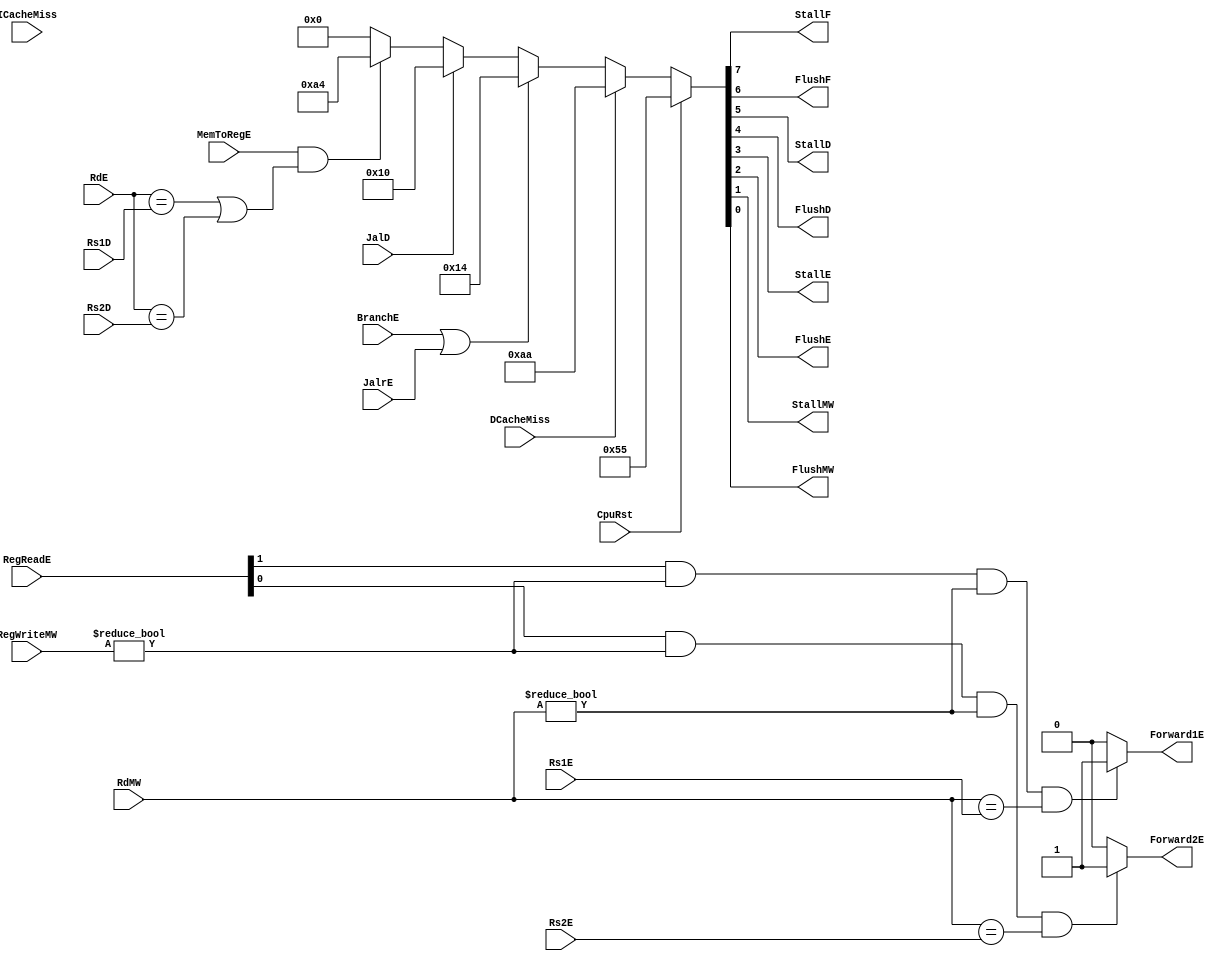
`timescale 1ns / 1ps
//////////////////////////////////////////////////////////////////////////////////
// Design Name: RISCV-Pipline CPU
// Module Name: HarzardUnit
// Target Devices: Nexys4
// Tool Versions: Vivado 2017.4.1
// Description: Deal with harzards in pipline
//////////////////////////////////////////////////////////////////////////////////
module HarzardUnit(
    input wire CpuRst, ICacheMiss, DCacheMiss, 
    input wire BranchE, JalrE, JalD, 
    input wire [4:0] Rs1D, Rs2D, Rs1E, Rs2E, RdE, RdMW,
    input wire [1:0] RegReadE,
    input wire MemToRegE,
    input wire [2:0] RegWriteMW,
    output reg StallF, FlushF, StallD, FlushD, StallE, FlushE,  StallMW, FlushMW,
    output reg Forward1E, Forward2E
    );
    //Stall and Flush signals generate
    always@(*)
	begin
		if(CpuRst)
			{StallF, FlushF, StallD, FlushD, StallE, FlushE, StallMW, FlushMW} <= 8'b01010101;
        else if(DCacheMiss)
	        {StallF, FlushF, StallD, FlushD, StallE, FlushE, StallMW, FlushMW} <= 8'b10101010;
		else if(BranchE || JalrE)
			{StallF, FlushF, StallD, FlushD, StallE, FlushE, StallMW, FlushMW} <= 8'b00010100;
		else if(JalD)
			{StallF, FlushF, StallD, FlushD, StallE, FlushE, StallMW, FlushMW} <= 8'b00010000;
		else if( MemToRegE && ((RdE == Rs1D)||(RdE == Rs2D)))
			{StallF, FlushF, StallD, FlushD, StallE, FlushE, StallMW, FlushMW} <= 8'b10100100;
		else
			{StallF, FlushF, StallD, FlushD, StallE, FlushE, StallMW, FlushMW} <= 8'b00000000;
	end
    //Forward Register Source 1
    always@(*)		
	begin
		if(RegReadE[1] && RegWriteMW!=3'b0 && RdMW != 5'b0  && RdMW == Rs1E) 
                Forward1E <= 1'b1;
            else
                Forward1E <= 1'b0;
	end
    //Forward Register Source 2
    always@(*)		
	begin
		if(RegReadE[0] && RegWriteMW!=3'b0 && RdMW != 5'b0  && RdMW == Rs2E ) 
                Forward2E <= 1'b1;
            else
                Forward2E <= 1'b0;
	end
    
endmodule

//
    //HarzardUnitforward
    //CPUforwardstallflush 
//
    //CpuRst                                    CPUCpuRst==1CPUflushCpu_Rst==0cpu
    //ICacheMiss, DCacheMiss                    cache miss
    //BranchE, JalrE, JalD                      
    //Rs1D, Rs2D, Rs1E, Rs2E, RdE, RdMW     	12
    //RegReadE RegReadD[1]==1                   A1RegReadD[0]==1A2forward
    //RegWriteMW                      			RegWrite!=3'b0
    //MemToRegE                                 Ex Data Memory
//
    //StallF, FlushF, StallD, FlushD, StallE, FlushE, StallMW, FlushMW    stallflush
    //Forward1E, Forward2E                                                              forward
//  
    //HarzardUnit